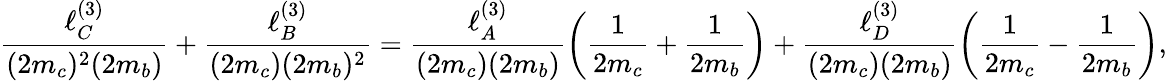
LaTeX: \frac{\ell_{C}^{(3)}}{(2m_{c})^{2}(2m_{b})}+\frac{\ell_{B}^{(3)}}{(2m_{c})(2m_{b})^{2}}=\frac{\ell_{A}^{(3)}}{(2m_{c})(2m_{b})}\left(\frac{1}{2m_{c}}+\frac{1}{2m_{b}}\right)+\frac{\ell_{D}^{(3)}}{(2m_{c})(2m_{b})}\left(\frac{1}{2m_{c}}-\frac{1}{2m_{b}}\right),